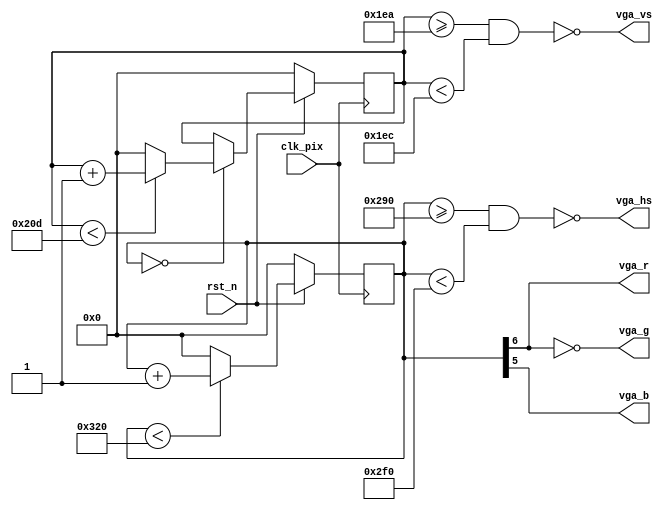
// 640 x 480 @ 60 Hz
//   pixel clock: 25.157MHz
// 800 x 600 @ 60 Hz
//   pixel clock: 40MHz
`timescale 1ns/1ns
module vga_display
(
  input  wire clk_pix,
  input  wire rst_n,
  output wire vga_hs,
  output wire vga_vs,
  output wire vga_r,
  output wire vga_g,
  output wire vga_b
);

parameter VGA_MAX_H      = 800;
parameter VGA_MAX_V      = 525;
parameter VGA_WIDTH      = 640;
parameter VGA_HEIGHT     = 480;
parameter VGA_SYNH_START = 656;
parameter VGA_SYNV_START = 490;
parameter VGA_SYNH_END   = 752;
parameter VGA_SYNV_END   = 492;

reg [9:0] cnt_hs;
reg [9:0] cnt_vs;

always @(posedge clk_pix) begin
  if (~rst_n)
    cnt_hs <= 0;
  else if (cnt_hs < VGA_MAX_H)
    cnt_hs <= cnt_hs + 1'd1;
  else
    cnt_hs <= 0;
end

always @(posedge clk_pix) begin
  if (~rst_n)
    cnt_vs <= 0;
  else begin
    if (cnt_hs == 0) begin
      if (cnt_vs < VGA_MAX_V)
        cnt_vs <= cnt_vs + 1'd1;
      else
        cnt_vs <= 0;
    end
  end
end

assign vga_hs = ~((cnt_hs >= VGA_SYNH_START) && (cnt_hs < VGA_SYNH_END));
assign vga_vs = ~((cnt_vs >= VGA_SYNV_START) && (cnt_vs < VGA_SYNV_END));

assign vga_r = cnt_hs[6];
assign vga_g =~cnt_hs[6];
assign vga_b = cnt_hs[5];

endmodule